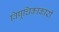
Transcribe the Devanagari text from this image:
विषूचिकाकारी